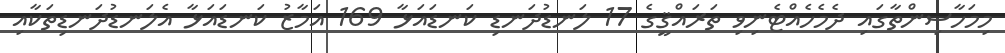
މިމަހާސިންތާގައި ދެމެހެއްޓެނިވި ތަރައްޤީގެ 17 ލަނޑުދަނޑި ކަނޑައަޅާ 169 އަމާޒު ކަނޑައަޅާ އެލަނޑުދަނޑިތަކާއި